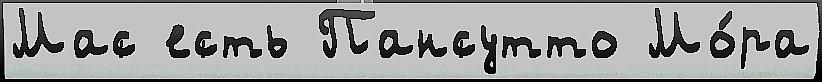
Мас есть Пансутто Мо́ра